Annual administration report of the Civil Veterinary Department of India - 1896-1897
Year: 1896
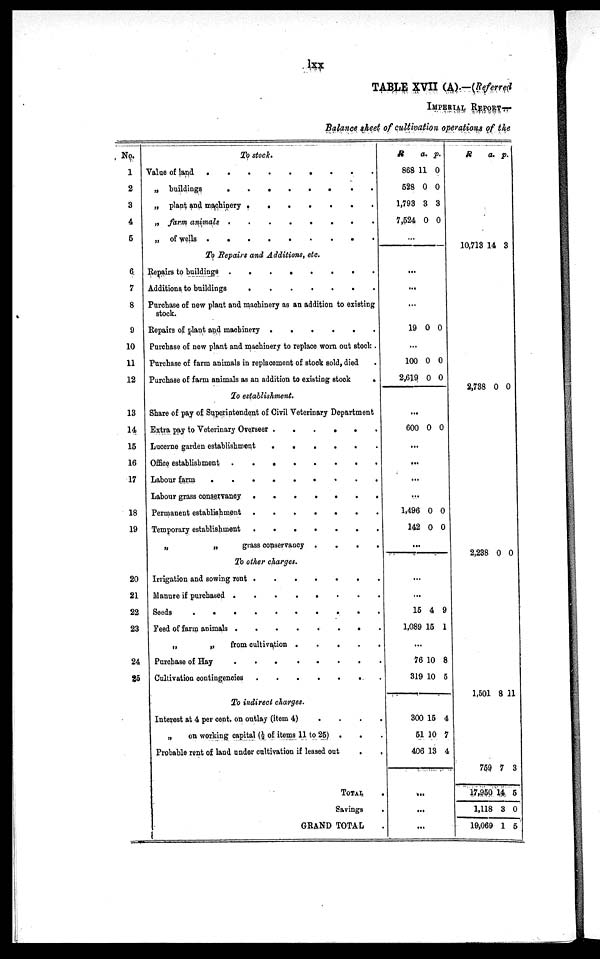
lxx
TABLE XVII (A).-(Referred
IMPERIAL REPORT—
Balance sheet of cultivation operations of the
No.
1
2
3
4
5
6
7
8
9
10
11
12
13
14
15
16
17
18
19
20
21
22
23
24
25
To stock.
Value of land . . . . . . . . .
„ buildings
.
.
.
.
.
.
„ plant and machinery
.
.
.
.
.
.
„ farm animals
.
.
.
.
.
.
„ of wells
.
.
.
.
.
.
To Repairs and Additions, etc.
Repairs to buildings
.
.
.
.
.
.
Additions to buildings
.
.
.
.
.
.
Purchase of new plant and machinery as an addition to existing
stock.
Repairs of plant and machinery
Purchase of new plant and machinery to replace worn out stock .
Purchase of farm animals in replacement of stock sold, died
Purchase of farm animals as an addition to existing stock
.
To establishment.
Share of pay of Superintendent of Civil Veterinary Department
Extra pay to Veterinary Overseer
.
.
.
.
.
.
Lucerne garden establishment
.
.
.
.
.
.
Office establisbment
.
.
.
.
.
.
Labour farm
.
.
.
.
.
.
.
.
.
Labour grass conservancy
.
.
.
.
.
.
Permanent establishment
.
.
.
.
.
.
Temporary establishment
.
.
.
.
.
.
„
„
grass conservancy . . . . . .
To other charges.
Irrigation and sowing rent
.
.
.
.
.
.
Manure if purchased
.
.
.
.
.
.
Seeds
.
.
.
.
.
.
Feed of farm animals . . . . . . . .
„
„
from cultivation
.
.
.
.
.
.
Purchase of Hay
.
.
.
.
.
.
Cultivation contingencies
To indirect charges.
Interest at 4 per cent. on outlay (item 4) . . . . . .
„
on working capital (½ of items 11 to 25) .
.
Probable rent of land under cultivation if leased out
.
TOTAL .
Savings
.
GRAND TOTAL
R
a. p.
868 11 0
528 0 0
1,793 3 3
7,524 0 0
...
...
...
...
19 0 0
...
100 0 0
2,619 0 0
...
600 0 0
...
...
...
...
1,496 0 0
142 0 0
...
...
...
15 4 9
1,089 15 1
...
76 10 8
319 10 5
300 15 4
51 30 7
406 13 4
...
...
...
R
a. p.
10,713 14 3
2,738 0 0
2,238 0 0
1,501 8 11
759 7 3
17,950 14 5
1,118 3 0
19,069 1 5